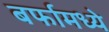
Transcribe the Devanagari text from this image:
बर्फामध्ये